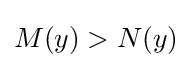
M(y)>N(y)